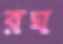
রঘ